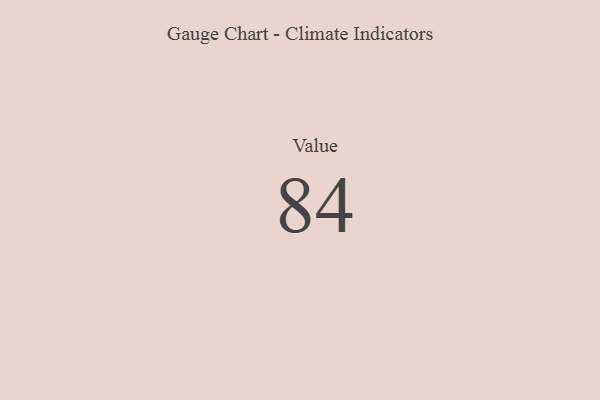
{"axis": {"x": "Metric", "y": "Value"}, "legend": [""], "data": [{"x": "Value", "y": 84, "type": ""}]}